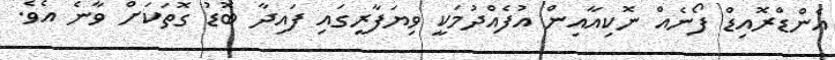
އެންޑްރޮއިޑް ފޯނެއް ނޮކިއާއިން އުފެއްދުމަކީ ވިޔަފާރީގައި ފައިދާ ބޮޑު ގޮތަކަށް ވާނެ އެވެ.